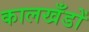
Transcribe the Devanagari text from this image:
कालखँडों